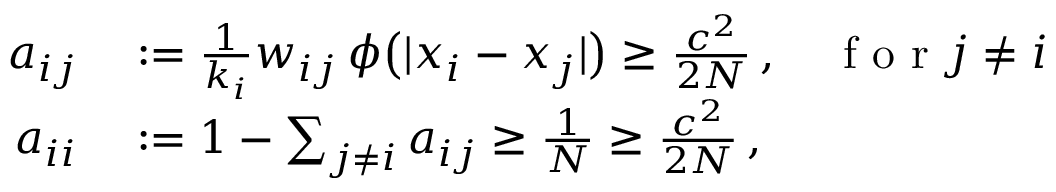
\begin{array} { r l } { a _ { i j } } & { { } : = \frac { 1 } { k _ { i } } w _ { i j } \, \phi \big ( | x _ { i } - x _ { j } | \big ) \geq \frac { c ^ { 2 } } { 2 N } \, , \quad \mathrm { ~ f ~ o ~ r ~ } j \neq i } \\ { a _ { i i } } & { { } : = 1 - \sum _ { j \neq i } a _ { i j } \geq \frac { 1 } { N } \geq \frac { c ^ { 2 } } { 2 N } \, , } \end{array}